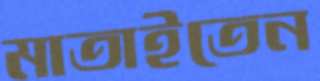
মাতাইতেন